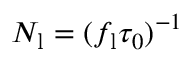
N _ { \mathrm { l } } = ( f _ { \mathrm { l } } \tau _ { 0 } ) ^ { - 1 }